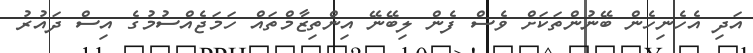
އަދި އެހެނިހެން ބޭނުންތަކަށް ވެސް ފެން ލިބޭނޭ އިންތިޒާމްތައް ހަމަޖެއްސުމުގެ އިސް ދައުރު